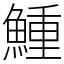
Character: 䱰